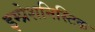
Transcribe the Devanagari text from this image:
इम्प्रेशनिस्टिक